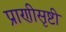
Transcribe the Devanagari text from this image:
प्राणीसृष्टी